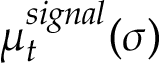
\mu _ { t } ^ { s i g n a l } ( \sigma )